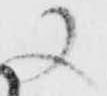
又